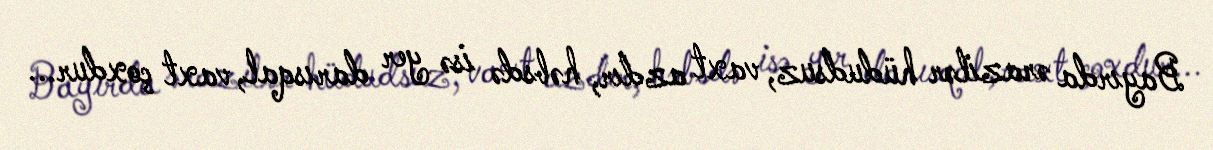
Bayırda ərazilər hüdudsuz, vaxt azdır, həbsdə isə yer darısqal, vaxt çoxdur...